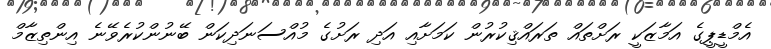
އެމްޑީޕީގެ އަމާޒަކީ ރަށްތައް ތަރައްޤިކުރުން ކަމަށާއި އަދި ރަށުގެ މުއްސަނަދިކަން ބޭނުންކުރެވޭނެ އިންތިޒާމް